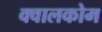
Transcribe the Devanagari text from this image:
क्वालकोम